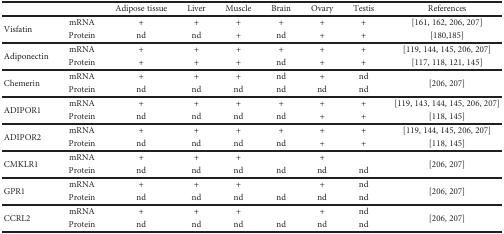
|  |  | Adipose tissue | Liver | Muscle | Brain | Ovary | Testis | References |
 | --- | --- | --- | --- | --- | --- | --- | --- | --- |
 | <ROWSPAN=2> Visfatin | mRNA | + | + | + | + | + | + | [161, 162, 206, 207] |
 | Protein | nd | nd | + | nd | + | + | [180,185] |
 | <ROWSPAN=2> Adiponectin | mRNA | + | + | + | + | + | + | [119, 144, 145, 206, 207] |
 | Protein | + | + | + | nd | + | + | [117, 118, 121, 145] |
 | <ROWSPAN=2> Chemerin | mRNA | + | + | + | nd | + | nd | <ROWSPAN=2> [206, 207] |
 | Protein | nd | nd | nd | nd | nd | nd |
 | <ROWSPAN=2> ADIPOR1 | mRNA | + | + | + | + | + | + | [119, 143, 144, 145, 206, 207] |
 | Protein | nd | nd | nd | nd | + | + | [118, 145] |
 | <ROWSPAN=2> ADIPOR2 | mRNA | + | + | + | + | + | + | [119, 144, 145, 206, 207] |
 | Protein | nd | nd | nd | nd | + | + | [118, 145] |
 | <ROWSPAN=2> CMKLR1 | mRNA | + | + | + |  | + |  | <ROWSPAN=2> [206, 207] |
 | Protein | nd | nd | nd | nd | nd | nd |
 | <ROWSPAN=2> GPR1 | mRNA | + | + | + |  | + | nd | <ROWSPAN=2> [206, 207] |
 | Protein | nd | nd | nd | nd | nd | nd |
 | <ROWSPAN=2> CCRL2 | mRNA | + | + | + |  | + | nd | <ROWSPAN=2> [206, 207] |
 | Protein | nd | nd | nd | nd | nd | nd |